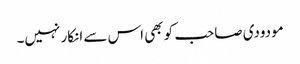
مودودی صاحب کو بھی اس سے انکار نہیں۔